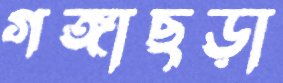
গঙ্গাছড়া